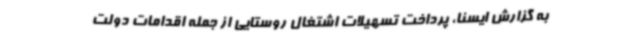
به گزارش ایسنا، پرداخت تسهیلات اشتغال روستایی از جمله اقدامات دولت